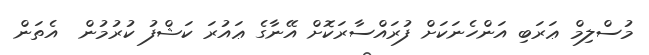
މުސްލިމް ޢަރަބި އަންހެނަކަށް ފުރައްސާރަކޮށް އޭނާގެ ޢައުރަ ކަޝްފު ކުރުމުން  އެތަން